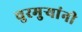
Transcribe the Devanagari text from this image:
चुरमुऱ्यांनी